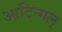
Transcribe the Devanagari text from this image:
आटिन्गल्